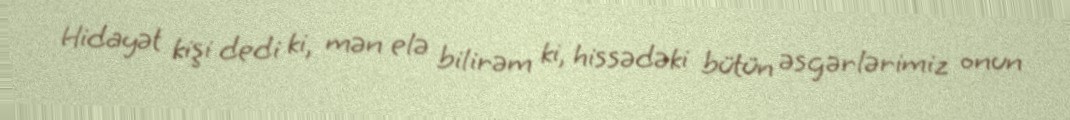
Hidayət kişi dedi ki, mən elə bilirəm ki, hissədəki bütün əsgərlərimiz onun